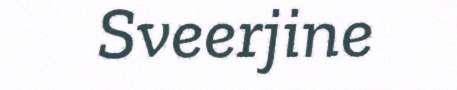
Sveerjine